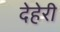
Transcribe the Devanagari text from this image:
देहेरी